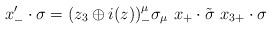
LaTeX: \begin{align*}x^{\prime}_{-}\cdot\sigma=(z_{3}\oplus i(z))^{\mu}_{-} \sigma_{\mu}\ x_{+}\cdot\tilde{\sigma}\ x_{3+}\cdot\sigma\end{align*}